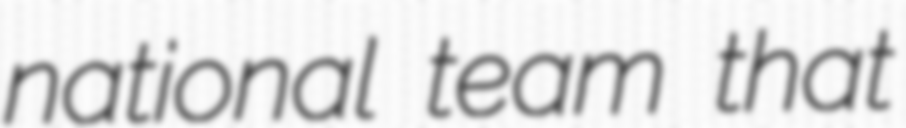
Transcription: national team that